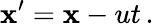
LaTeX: \mathbf{x}^{\prime}=\mathbf{x}-ut\, .